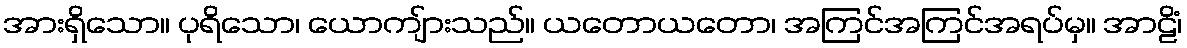
အားရှိသော။ ပုရိသော၊ ယောကျ်ားသည်။ ယတောယတော၊ အကြင်အကြင်အရပ်မှ။ အာဠိံ၊